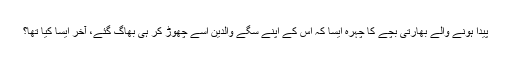
پیدا ہونے والے بھارتی بچے کا چہرہ ایسا کہ اُس کے اپنے سگے والدین اسے چھوڑ کر ہی بھاگ گئے، آخر ایسا کیا تھا؟